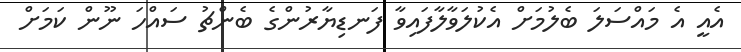
އެއީ އެ މައްސަލަ ބެލުމަށް އެކުލަވާލާފައިވާ ފަނޑިޔާރުންގެ ބެންޗު ސައްހަ ނޫން ކަމަށް